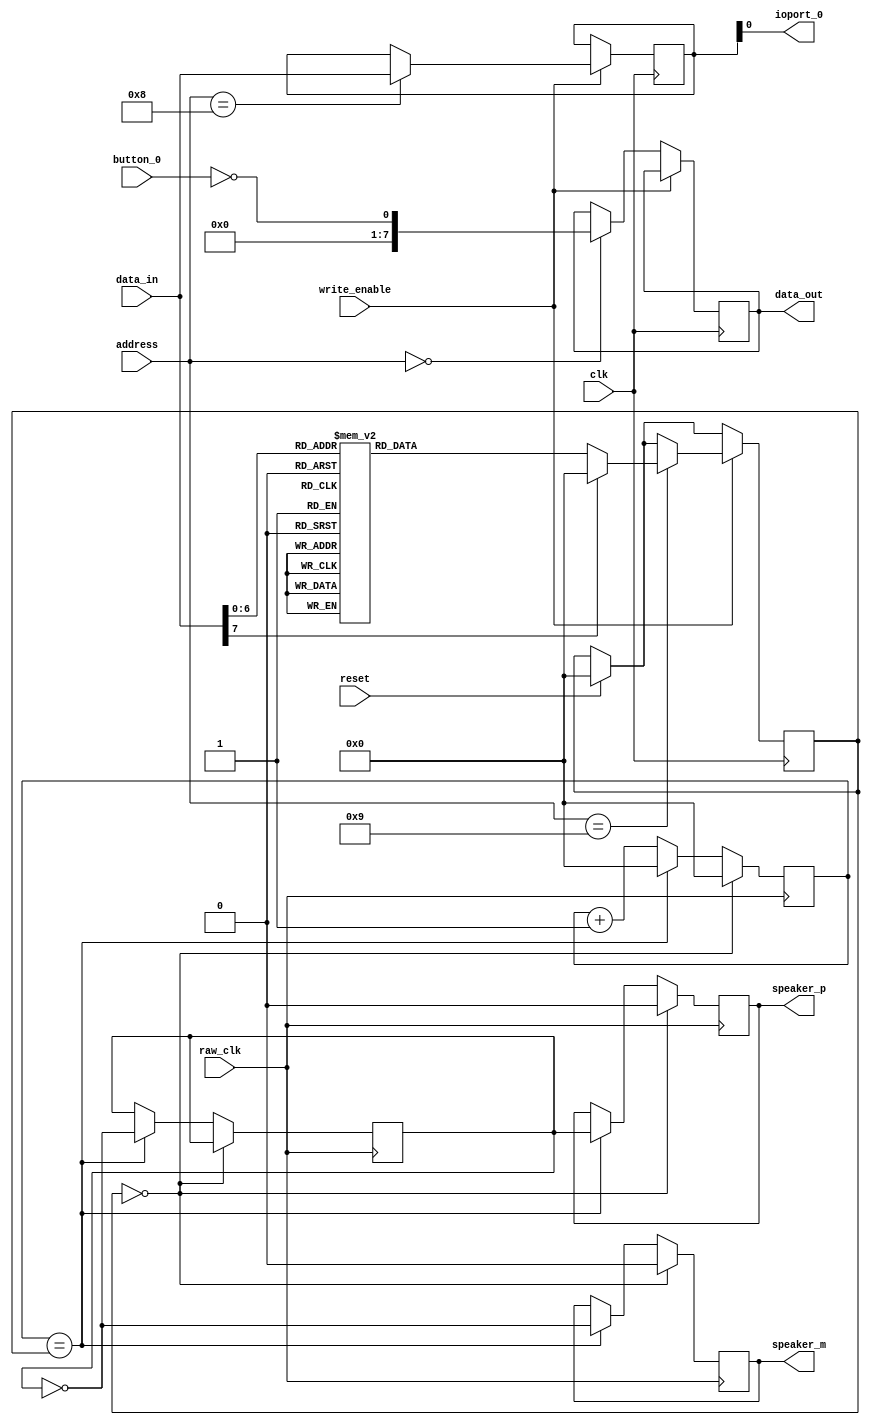
// Intel 8008 FPGA Soft Processor
//     Web: https://www.mikekohn.net/
//   Board: iceFUN iCE40 HX8K
// License: MIT
//
// Copyright 2022 by Michael Kohn

module peripherals
(
  input  [5:0] address,
  input  [7:0] data_in,
  output reg [7:0] data_out,
  input write_enable,
  input clk,
  input raw_clk,
  output speaker_p,
  output speaker_m,
  output ioport_0,
  input button_0,
  input reset
);

reg [7:0] storage [3:0];

reg [15:0] speaker_value_high;
reg [15:0] speaker_value_curr;
reg [7:0]  buttons;

reg speaker_toggle;
reg speaker_value_p;
reg speaker_value_m;
assign speaker_p = speaker_value_p;
assign speaker_m = speaker_value_m;

reg [7:0] ioport = 0;
assign ioport_0 = ioport[0];

always @(button_0) begin
  buttons = { 7'b0, ~button_0 };
end

always @(posedge raw_clk) begin
  if (speaker_value_high == 16'b0) begin
    speaker_value_curr <= 0;
    speaker_value_p <= 0;
    speaker_value_m <= 0;
  end else begin
    speaker_value_curr <= speaker_value_curr + 1'b1;

    if (speaker_value_curr == speaker_value_high) begin
      speaker_value_curr <= 0;
      speaker_toggle <= ~speaker_toggle;

      speaker_value_p <= speaker_toggle;
      speaker_value_m <= ~speaker_toggle;
    end
  end
end

always @(posedge clk) begin
  if (reset) speaker_value_high <= 0;

  if (write_enable) begin
    case (address[5:0])
      8: ioport <= data_in;
      9:
        begin
          case (data_in)
            60: speaker_value_high <= 45866; // C4  261.63
            61: speaker_value_high <= 43293; // C#4 277.18
            62: speaker_value_high <= 40863; // D4 293.66
            63: speaker_value_high <= 38569; // D#4 311.13
            64: speaker_value_high <= 36404; // E4 329.63
            65: speaker_value_high <= 34361; // F4 349.23
            66: speaker_value_high <= 32433; // F#4 369.99
            67: speaker_value_high <= 30612; // G4 392.00
            68: speaker_value_high <= 28894; // G#4 415.30
            69: speaker_value_high <= 27272; // A4  440.00
            70: speaker_value_high <= 25742; // A#4 466.16
            71: speaker_value_high <= 24297; // B4 493.88
            72: speaker_value_high <= 22933; // C5 523.25
            73: speaker_value_high <= 21646; // C#5 554.37
            74: speaker_value_high <= 20431; // D5 587.33
            75: speaker_value_high <= 19284; // D#5 622.25
            76: speaker_value_high <= 18202; // E5 659.26
            77: speaker_value_high <= 17180; // F5 698.46
            78: speaker_value_high <= 16216; // F#5 739.99
            79: speaker_value_high <= 15306; // G5 783.99
            80: speaker_value_high <= 14447; // G#5 830.61
            81: speaker_value_high <= 13636; // A5 880.00
            82: speaker_value_high <= 12870; // A#5 932.33
            83: speaker_value_high <= 12148; // B5 987.77
            84: speaker_value_high <= 11466; // C6 1046.50
            85: speaker_value_high <= 10823; // C#6 1108.73
            86: speaker_value_high <= 10215; // D6 1174.66
            87: speaker_value_high <= 9642;  // D#6 1244.51
            88: speaker_value_high <= 9101;  // E6 1318.51
            89: speaker_value_high <= 8590;  // F6 1396.91
            90: speaker_value_high <= 8108;  // F#6 1479.98
            91: speaker_value_high <= 7653;  // G6 1567.98
            92: speaker_value_high <= 7223;  // G#6 1661.22
            93: speaker_value_high <= 6818;  // A6 1760.00
            94: speaker_value_high <= 6435;  // A#6 1864.66
            95: speaker_value_high <= 6074;  // B6 1975.53
            96: speaker_value_high <= 5733;  // C7 2093.00
            default: speaker_value_high <= 0;
          endcase
        end
    endcase
  end else begin
    case (address[5:0])
      0: data_out <= buttons;
    endcase
  end
end

endmodule